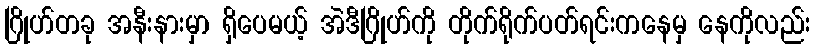
ဂြိုဟ်တခု အနီးနားမှာ ရှိပေမယ့် အဲဒီဂြိုဟ်ကို တိုက်ရိုက်ပတ်ရင်းကနေမှ နေကိုလည်း